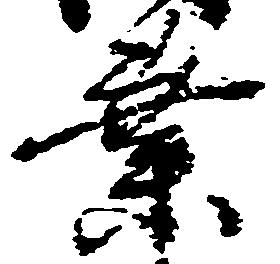
業